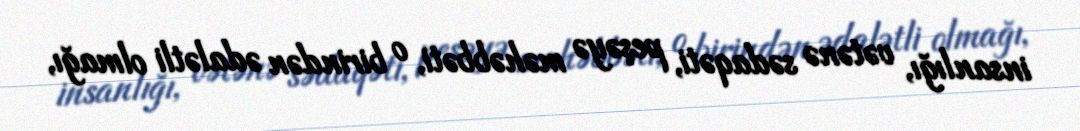
insanlığı, vətənə sədaqəti, peşəyə məhəbbəti, o birindən ədalətli olmağı,